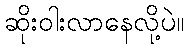
ဆိုးဝါးလာနေလို့ပဲ။